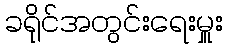
ခရိုင်အတွင်းရေးမှူး